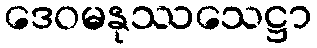
ဒေဝမနုဿသေဋ္ဌာ